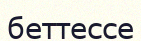
беттессе